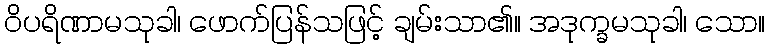
ဝိပရိဏာမသုခါ၊ ဖောက်ပြန်သဖြင့် ချမ်းသာ၏။ အဒုက္ခမသုခါ၊ သော။